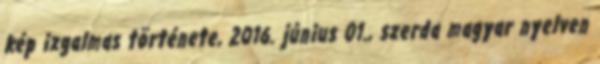
kép izgalmas története, 2016. június 01., szerda magyar nyelven